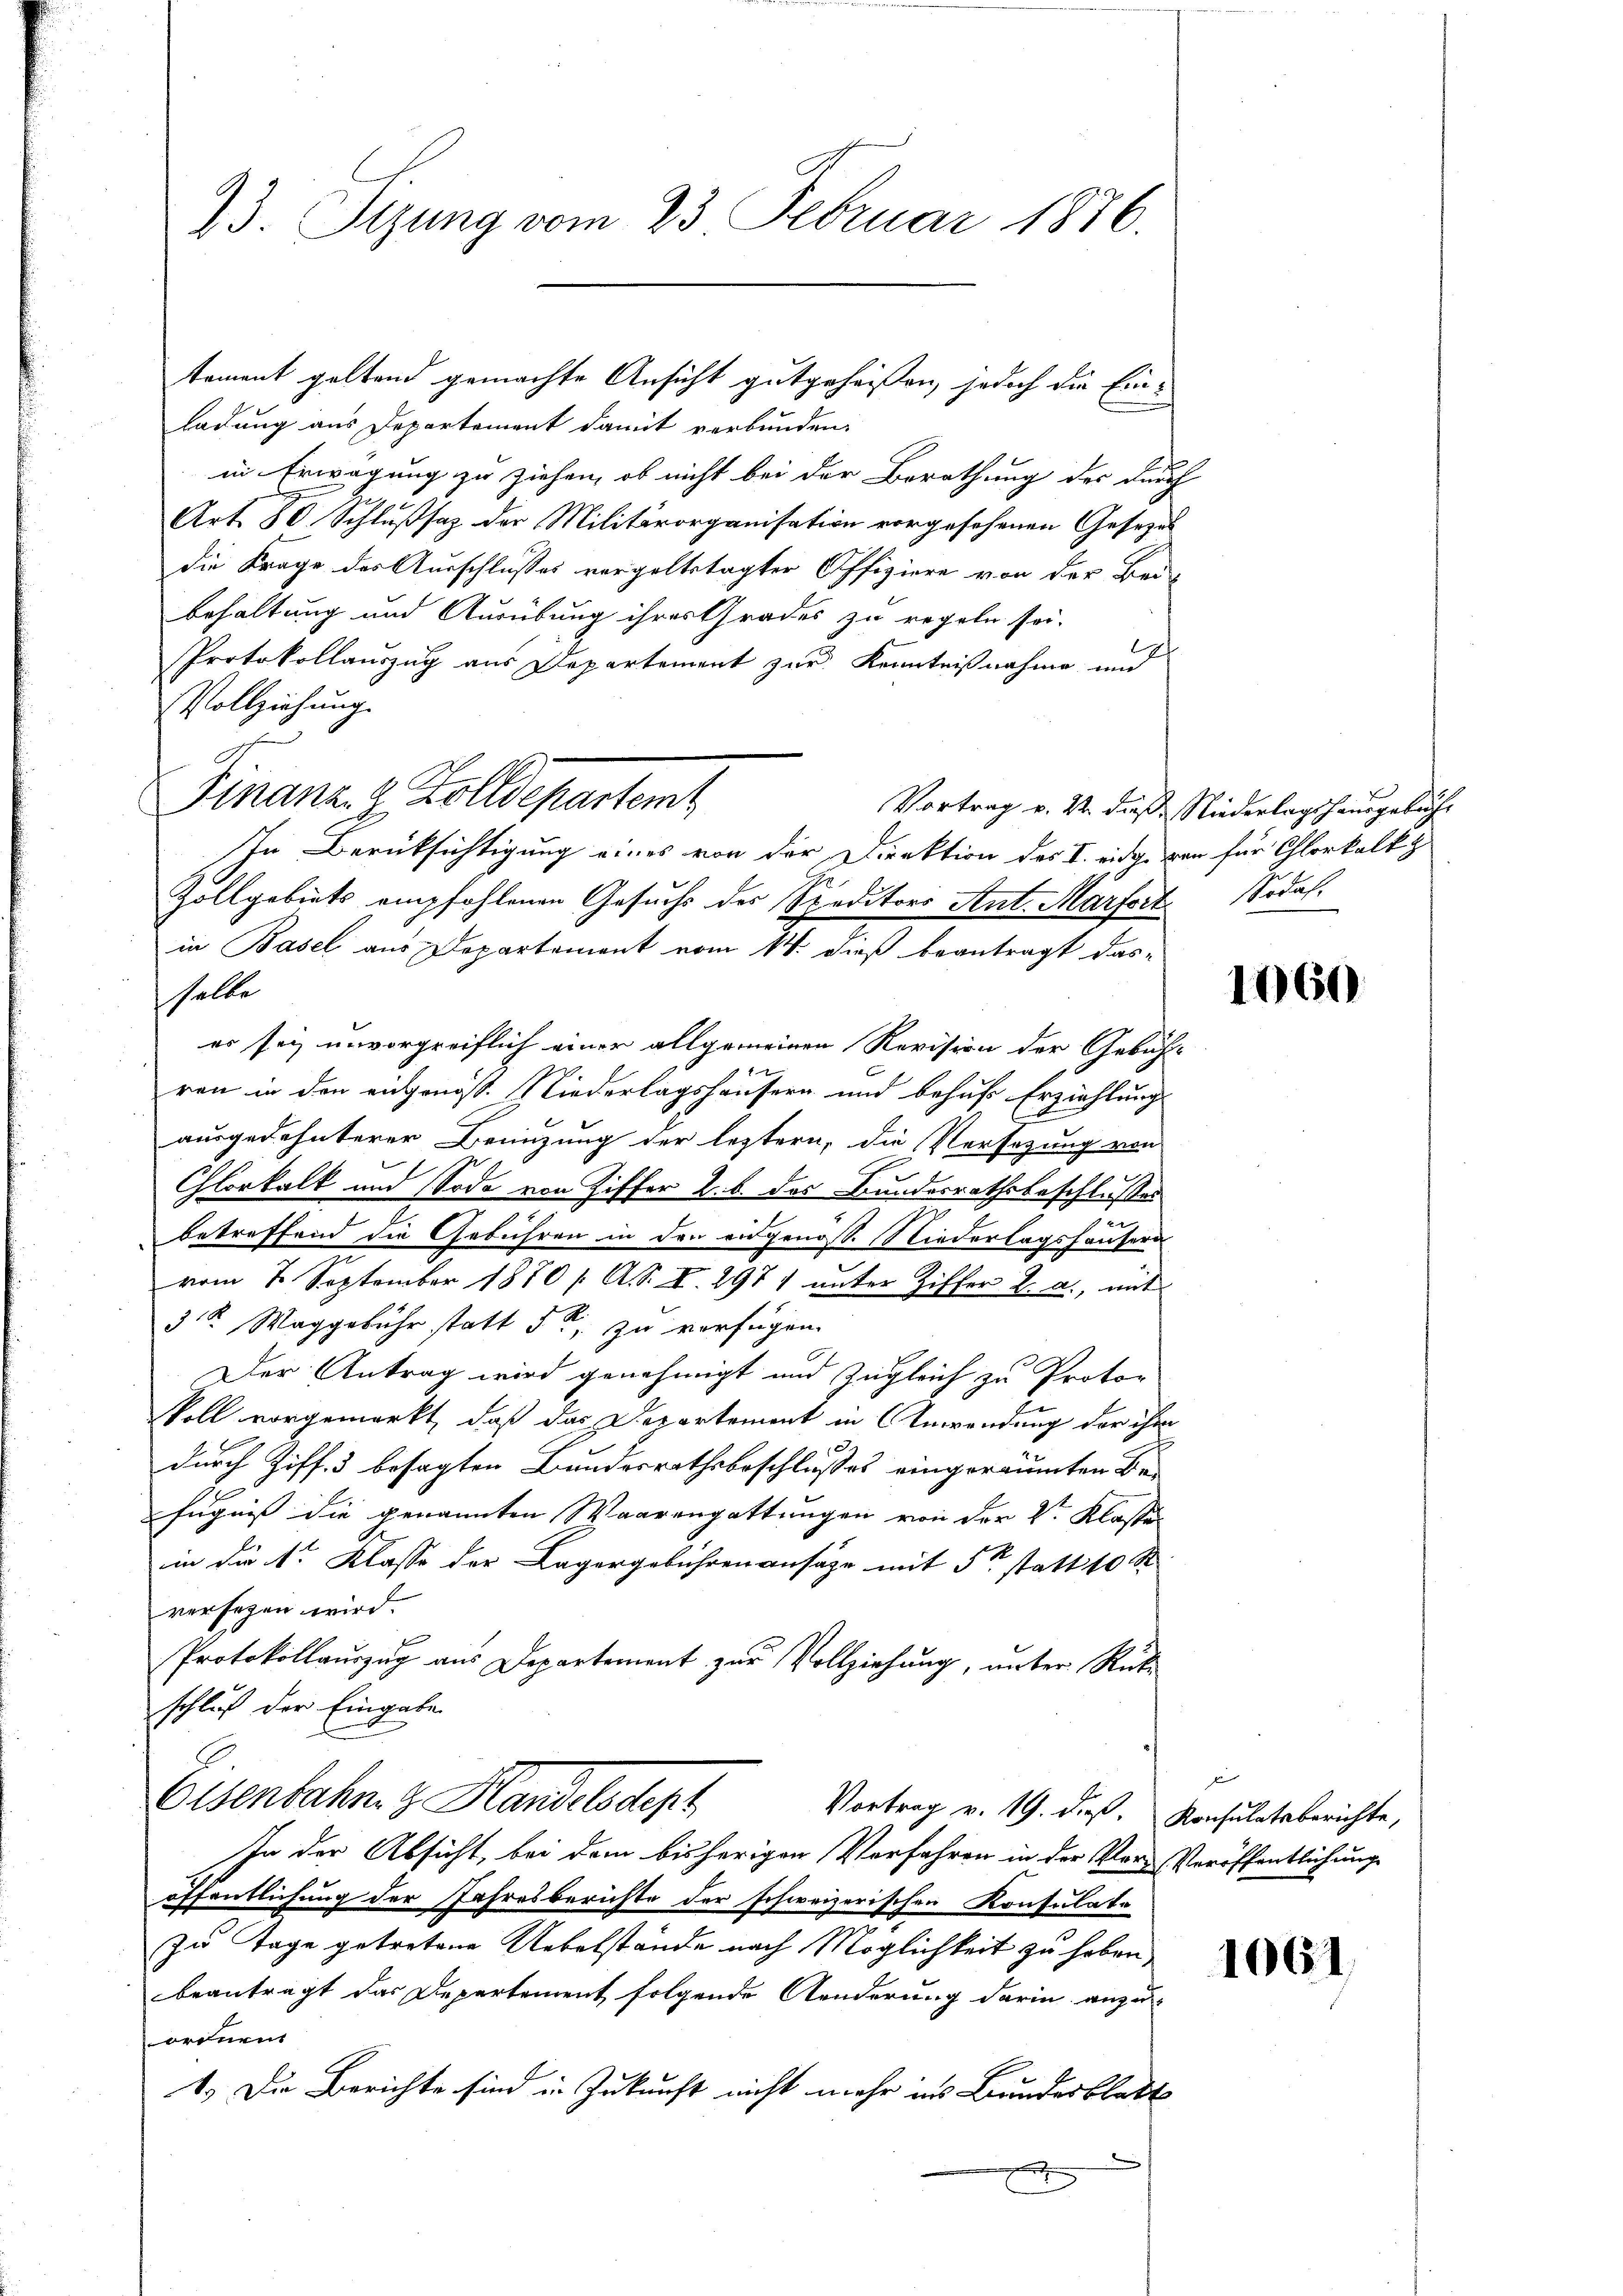
73. Sizung vom 23. Februar 1876.

ladung aus Departement damit verbunden.
in Erwägung zu ziehen, ob nicht bei der Berathung des durch
Art. 80 Schlußsaz der Militärorganisation vorgesehenen Gesezes
die Frage des Ausschlusses vorgeltstagter Offiziere von der Beibehaltung und Ausübung ihres Grades zu regeln sei.
Protokollauszug aus Departement zur Kenntnißnahme und
Vollziehung
Finanz. Z. Zolldepartemt
In Berücksichtigung eines von der Direktion des I. eine von für Chlorkalk
Zollgebiets empfohlenen Gesuchs des Speditors Ant. Marfort. Sodaf.
in Basel aus Departement vom 14. dieß beantragt dasselbe
er sei unvorgreiflich einer allgemeinen Revision der Gebüh-
ren in den eidgenöss. Niederlagshäusern und behufs Erziehlung
ausgedehnterer Benuzung der leztern, die Versatzung von
Chlorkalk und Soda von Ziffer 2. b. das Bundesrathsbeschlusses
betreffend die Gebühren in den eidgenoss. Niederlagshäusern
vom 2. September 1870 / A. S. I. 2971 unter Ziffer L. a., mit
3 Waggebühr statt 5t, zu verfügen.
Der Antrag wird genehmigt und zugleich zu Protokoll vorgemerkt, daß das Departement in Anwendung der ihm
durch Ziff. 3 besagten Bundesrathsbeschlusses eingeräumten Befugnis die genannten Waarengattungen von der 2ten Klassen
in die 1r Klasse der Lagergebühren ansage mit 5t statt 10 St
versehen wird.
Protokollauszug aus Departement zur Vollziehung, unter Rüke
schluß der Eingabe
Eisenbahng Handelsdept
Vortrag v. 19. dieß. Konsulatsberichte,
In der Absicht, bei dem bisherigen Verfahren in der Vers Veröffentlichunge
öffentlichung der Jahresberichte der schweizerischen Konsulate
zu Tage getretene Uebelstände nach Möglichkeit zu haben,
beantragt das Departement folgende Aenderung darin anzu-
ordnen
1.) Die Berichte sind in Zukunft nicht mehr in Bundesblatt

tement geltend gemachte Ansicht gutgeheißen, jedoch die Ein-

Vortrag v. 24. dieß, Niederlagshausgebühr

1060

s

1061.